Vaccine operations Central Provinces & Berar 1912-1920 - 1912-1920
Year: 1912
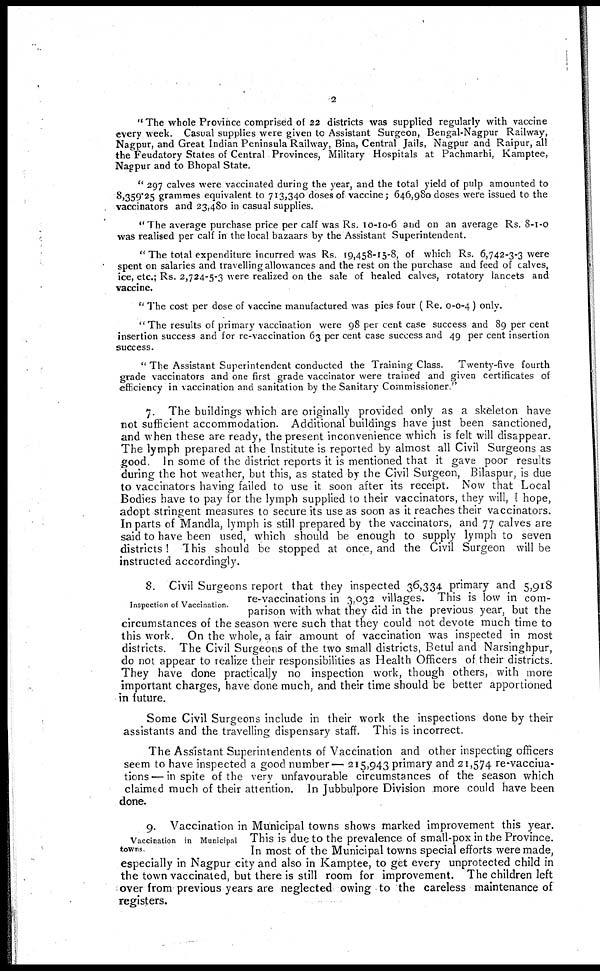
2
" The whole Province comprised of 22 districts was supplied regularly with vaccine
every week. Casual supplies were given to Assistant Surgeon, Bengal-Nagpur Railway,
Nagpur, and Great Indian Peninsula Railway, Bina, Central Jails, Nagpur and Raipur, all
the Feudatory States of Central Provinces, Military Hospitals at Pachmarhi, Kamptee,
Nagpur and to Bhopal State.
" 297 calves were vaccinated during the year, and the total yield of pulp amounted to
8,359.25 grammes equivalent to 713,340 doses of vaccine; 646,980 doses were issued to the
vaccinators and 23,480 in casual supplies.
"The average purchase price per calf was Rs. 10-10-6 and on an average Rs. 8-1-0
was realised per calf in the local bazaars by the Assistant Superintendent.
" The total expenditure incurred was Rs. 19,458-15-8, of which Rs. 6,742-3-3 were
spent on salaries and travelling allowances and the rest on the purchase and feed of calves,
ice, etc.; Rs. 2,724-5-3 were realized on the sale of healed calves, rotatory lancets and
vaccine.
" The cost per dose of vaccine manufactured was pies four ( Re. 0-0-4 ) only.
"The results of primary vaccination were 98 per cent case success and 89 per cent
insertion success and for re-vaccination 63 per cent case success and 49 per cent insertion
success.
" The Assistant Superintendent conducted the Training Class. Twenty-five fourth
grade vaccinators and one first grade vaccinator were trained and given certificates of
efficiency in vaccination and sanitation by the Sanitary Commissioner"
7. The buildings which are originally provided only as a skeleton have
not sufficient accommodation. Additional buildings have just been sanctioned,
and when these are ready, the present inconvenience which is felt will disappear.
The lymph prepared at the Institute is reported by almost all Civil Surgeons as
good. In some of the district reports it is mentioned that it gave poor results
during the hot weather, but this, as stated by the Civil Surgeon, Bilaspur, is due
to vaccinators having failed to use it soon after its receipt. Now that Local
Bodies have to pay for the lymph supplied to their vaccinators, they will, I hope,
adopt stringent measures to secure its use as soon as it reaches their vaccinators.
In parts of Mandla, lymph is still prepared by the vaccinators, and 77 calves are
said to have been used, which should be enough to supply lymph to seven
districts! This should be stopped at once, and the Civil Surgeon will be
instructed accordingly.
Inspection of Vaccination.
8. Civil Surgeons report that they inspected 36,334 primary and 5,918
re-vaccinations in 3,032 villages. This is low in com-
parison with what they did in the previous year, but the
circumstances of the season were such that they could not devote much time to
this work. On the whole, a fair amount of vaccination was inspected in most
districts. The Civil Surgeons of the two small districts, Betul and Narsinghpur,
do not appear to realize their responsibilities as Health Officers of their districts.
They have done practically no inspection work, though others, with more
important charges, have done much, and their time should be better apportioned
in future.
Some Civil Surgeons include in their work the inspections done by their
assistants and the travelling dispensary staff. This is incorrect.
The Assistant Superintendents of Vaccination and other inspecting officers
seem to have inspected a good number— 215,943 primary and 21,574 re-vaccina¬
tions — in spite of the very unfavourable circumstances of the season which
claimed much of their attention. In Jubbulpore Division more could have been
done.
Vaccination in Municipal
towns.
9. Vaccination in Municipal towns shows marked improvement this year.
This is due to the prevalence of small-pox in the Province.
In most of the Municipal towns special efforts were made,
especially in Nagpur city and also in Kamptee, to get every unprotected child in
the town vaccinated, but there is still room for improvement. The children left
over from previous years are neglected owing to the careless maintenance of
registers.